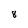
Character: 8